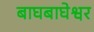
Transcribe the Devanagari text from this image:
बाघबाघेश्वर